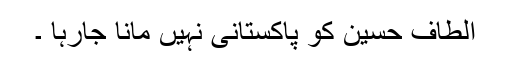
الطاف حسین کو پاکستانی نہیں مانا جارہا ۔